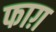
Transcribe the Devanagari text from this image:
फाग़